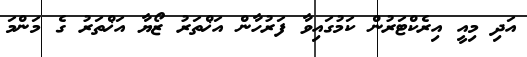
އަދި މިއީ އިރެކްޓަރުން ކަމުގައިވާ ފަރުހާން އަޚްތަރު ޒޯޔާ އަޚްތަރު ގެ މަންމަ